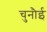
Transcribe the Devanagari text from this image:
चुनौई